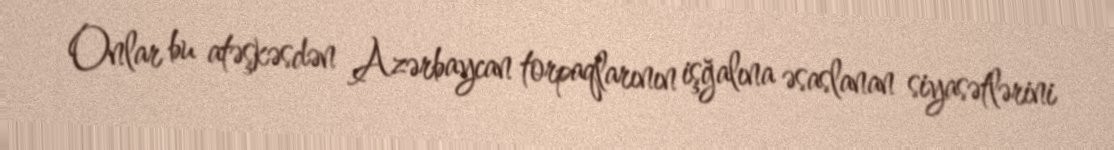
Onlar bu atəşkəsdən Azərbaycan torpaqlarının işğalına əsaslanan siyasətlərini